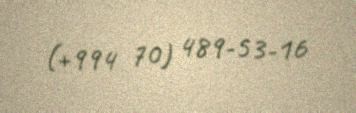
(+994 70) 489-53-16